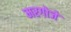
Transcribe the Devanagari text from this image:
मरगोजे